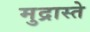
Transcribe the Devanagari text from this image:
मुद्रास्ते